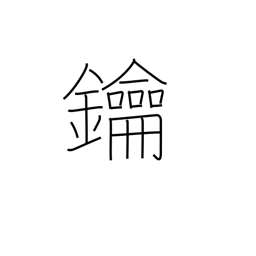
Meaning: lock